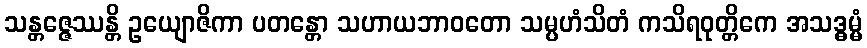
သန္တဇ္ဇေဿန္တိ ဥယျောဇိကာ ပတန္တော သဟာယဘာဝတော သမ္ပဟံသိတံ ကသိရဝုတ္တိကေ အသဒ္ဓမ္မံ